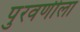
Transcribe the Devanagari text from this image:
पुरवणीला